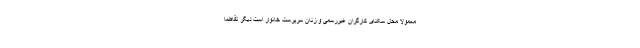
معمولاً محل سکنای کارگران غیررسمی و زنان سرپرست خانوار است دیگر تقاضا